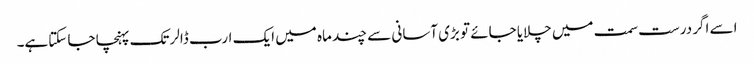
اسے اگر درست سمت میں چلایا جائے تو بڑی آسانی سے چند ماہ میں ایک ارب ڈالرتک پہنچا جا سکتاہے۔